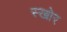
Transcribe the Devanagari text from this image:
स्खोर